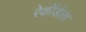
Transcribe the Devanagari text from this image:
रेकॉर्डला